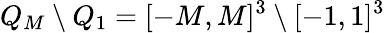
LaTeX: Q_{M}\setminus Q_{1}=[-M,M]^{3}\setminus[-1,1]^{3}